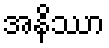
အနိဿာ